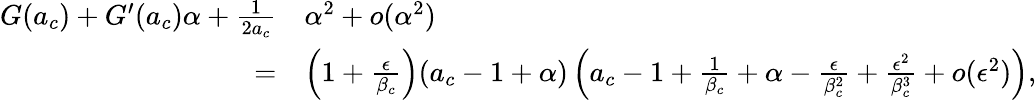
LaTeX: \begin{array}{rl}{G(a_{c})+G^{\prime}(a_{c})\alpha+\frac{1}{2a_{c}}}&{\alpha^{2}+o(\alpha^{2})}\\ {=}&{\left(1+\frac{\epsilon}{\beta_{c}}\right)(a_{c}-1+\alpha)\left(a_{c}-1+\frac{1}{\beta_{c}}+\alpha-\frac{\epsilon}{\beta_{c}^{2}}+\frac{\epsilon^{2}}{\beta_{c}^{3}}+o(\epsilon^{2})\right),}\end{array}